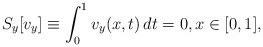
LaTeX: \begin{align*}S_y [v_y] \equiv \int_0^1 v_y(x, t) \, dt = 0, x \in [0, 1],\end{align*}